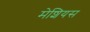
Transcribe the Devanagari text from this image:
मेशियस